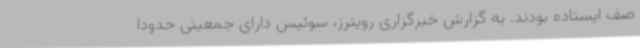
صف ایستاده بودند. به گزارش خبرگزاری رویترز، سوئیس دارای جمعیتی حدودا